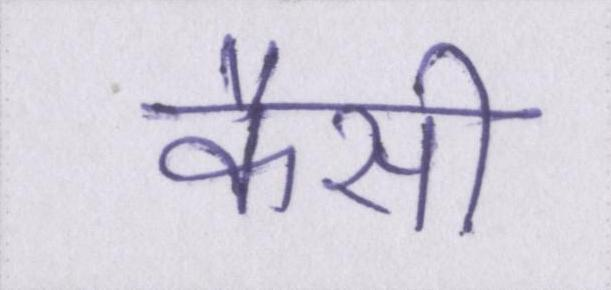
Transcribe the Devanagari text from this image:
कैसी